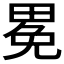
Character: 𤲈